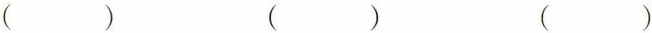
（ ） （ ） （ ）